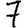
Digit: 7